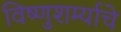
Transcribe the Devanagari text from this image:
विष्णुशर्म्याचे